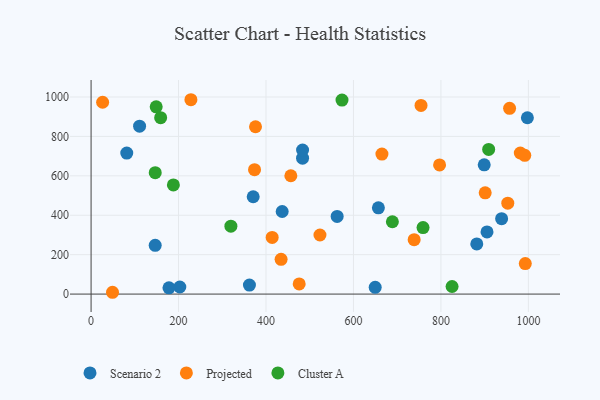
{"axis": {"x": "Distance", "y": "Yield"}, "legend": ["Cluster A", "Projected", "Scenario 2"], "data": [{"x": "997.7", "y": 894.8, "type": "Scenario 2"}, {"x": "437.0", "y": 419.1, "type": "Scenario 2"}, {"x": "146.6", "y": 247.2, "type": "Scenario 2"}, {"x": "483.6", "y": 689.6, "type": "Scenario 2"}, {"x": "202.9", "y": 36.0, "type": "Scenario 2"}, {"x": "362.1", "y": 45.5, "type": "Scenario 2"}, {"x": "178.1", "y": 32.0, "type": "Scenario 2"}, {"x": "938.8", "y": 382.7, "type": "Scenario 2"}, {"x": "899.0", "y": 655.9, "type": "Scenario 2"}, {"x": "81.6", "y": 715.4, "type": "Scenario 2"}, {"x": "649.7", "y": 34.1, "type": "Scenario 2"}, {"x": "882.0", "y": 254.3, "type": "Scenario 2"}, {"x": "657.0", "y": 437.8, "type": "Scenario 2"}, {"x": "562.7", "y": 394.3, "type": "Scenario 2"}, {"x": "483.6", "y": 730.8, "type": "Scenario 2"}, {"x": "370.7", "y": 493.9, "type": "Scenario 2"}, {"x": "905.4", "y": 315.6, "type": "Scenario 2"}, {"x": "110.9", "y": 852.0, "type": "Scenario 2"}, {"x": "796.9", "y": 655.3, "type": "Projected"}, {"x": "475.9", "y": 51.4, "type": "Projected"}, {"x": "992.9", "y": 154.6, "type": "Projected"}, {"x": "738.8", "y": 276.1, "type": "Projected"}, {"x": "957.0", "y": 942.5, "type": "Projected"}, {"x": "373.8", "y": 631.3, "type": "Projected"}, {"x": "754.5", "y": 957.3, "type": "Projected"}, {"x": "665.1", "y": 710.3, "type": "Projected"}, {"x": "952.9", "y": 461.5, "type": "Projected"}, {"x": "434.5", "y": 176.5, "type": "Projected"}, {"x": "228.3", "y": 986.2, "type": "Projected"}, {"x": "414.1", "y": 287.6, "type": "Projected"}, {"x": "49.0", "y": 9.2, "type": "Projected"}, {"x": "26.4", "y": 973.3, "type": "Projected"}, {"x": "901.2", "y": 514.0, "type": "Projected"}, {"x": "981.5", "y": 716.0, "type": "Projected"}, {"x": "376.0", "y": 849.2, "type": "Projected"}, {"x": "523.4", "y": 299.9, "type": "Projected"}, {"x": "456.8", "y": 600.5, "type": "Projected"}, {"x": "991.7", "y": 703.9, "type": "Projected"}, {"x": "148.9", "y": 950.4, "type": "Cluster A"}, {"x": "159.1", "y": 894.9, "type": "Cluster A"}, {"x": "909.2", "y": 734.0, "type": "Cluster A"}, {"x": "319.7", "y": 344.4, "type": "Cluster A"}, {"x": "825.5", "y": 38.4, "type": "Cluster A"}, {"x": "759.1", "y": 337.6, "type": "Cluster A"}, {"x": "689.0", "y": 367.1, "type": "Cluster A"}, {"x": "188.2", "y": 553.8, "type": "Cluster A"}, {"x": "146.7", "y": 616.3, "type": "Cluster A"}, {"x": "573.8", "y": 984.4, "type": "Cluster A"}]}